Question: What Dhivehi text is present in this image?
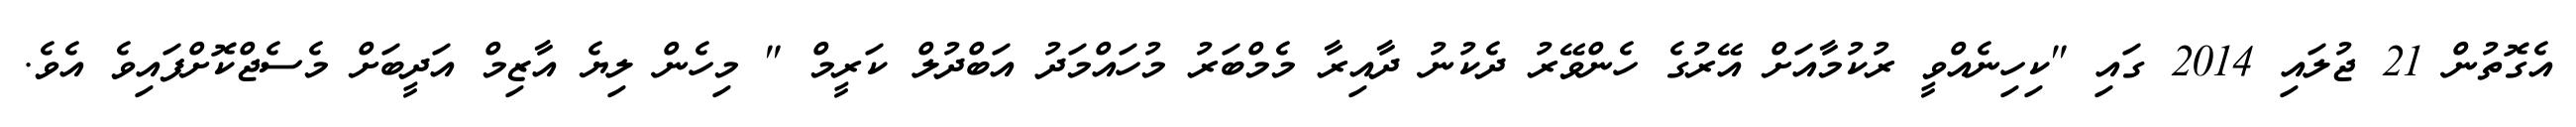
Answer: އެގޮތުން 21 ޖުލައި 2014 ގައި "ކިހިނެއްވީ ރުކުމާއަށް އޭރުގެ ހެންވޭރު ދެކުނު ދާއިރާ މެމްބަރު މުހައްމަދު އަބްދުލް ކަރީމް " މިހެން ލިޔެ އާޒިމް އަދީބަށް މެސެޖްކޮށްފައިވެ އެވެ.